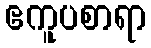
ဧကူပစာရာ